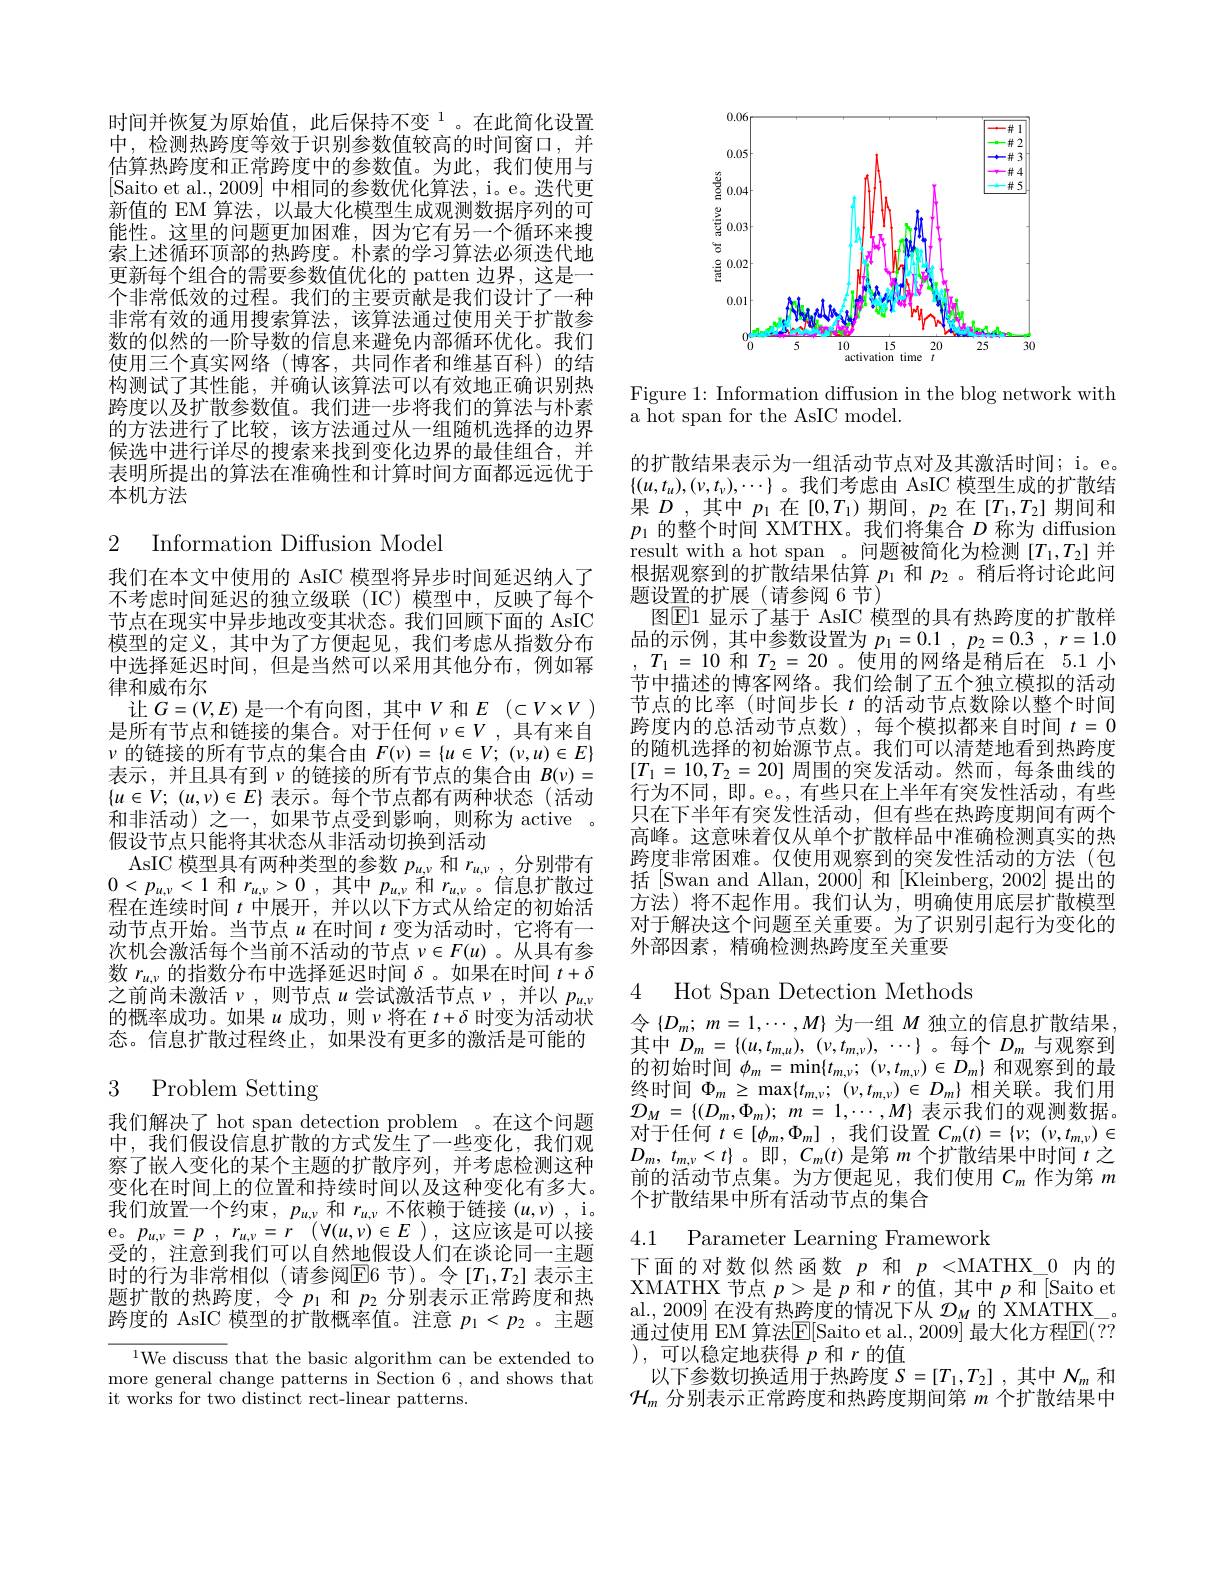
时间并恢复为原始值，此后保持不变$^{1}$。在此简化设置中，检测热跨度等效于识别参数值较高的时间窗口，并估算热跨度和正常跨度中的参数值。为此，我们使用与[Saito et al.,2009] 中相同的参数优化算法，i。e。迭代更新值的 EM 算法，以最大化模型生成观测数据序列的可能性。这里的问题更加困难，因为它有另一个循环来搜索上述循环顶部的热跨度。朴素的学习算法必须迭代地更新每个组合的需要参数值优化的 patten 边界，这是一个非常低效的过程。我们的主要贡献是我们设计了一种非常有效的通用搜索算法，该算法通过使用关于扩散参数的似然的一阶导数的信息来避免内部循环优化。我们使用三个真实网络(博客，共同作者和维基百科)的结构测试了其性能，并确认该算法可以有效地正确识别热跨度以及扩散参数值。我们进一步将我们的算法与朴素的方法进行了比较，该方法通过从一组随机选择的边界候选中进行详尽的搜索来找到变化边界的最佳组合，并表明所提出的算法在准确性和计算时间方面都远远优于本机方法

# 2 Information Diffusion Model

我们在本文中使用的 AsIC 模型将异步时间延迟纳人了不考虑时间延迟的独立级联(IC)模型中，反映了每个节点在现实中异步地改变其状态。我们回顾下面的 AsIC 模型的定义，其中为了方便起见，我们考虑从指数分布中选择延迟时间，但是当然可以采用其他分布，例如幂律和威布尔
让$G=(V,E)$是一个有向图，其中$V$和$E$ $( \subset V\times V)$ 是所有节点和链接的集合。对于任何$\nu\in V$ ,具有来自$\nu$的链接的所有节点的集合由$F(\nu)=\{u\in V;(\nu,u)\in E\}$ 表示，并且具有到$\nu$的链接的所有节点的集合由 $B(\nu)=$ $\{ u\in V;$ $( u, v) \in E\}$表示。每个节点都有两种状态(活动和非活动)之一，如果节点受到影响，则称为 active 。假设节点只能将其状态从非活动切换到活动
AsIC 模型具有两种类型的参数$p_{u,\nu}$和$r_{u,\nu}$ ,分别带有$0<p_{u,\nu}<1$和$r_u,\nu>0$,其中$p_u,\nu$和$r_u,\nu$。信息扩散过程在连续时间$t$中展开，并以以下方式从给定的初始活动节点开始。当节点$u$在时间$t$变为活动时，它将有一次机会激活每个当前不活动的节点$\nu\in F(u)$ 。从具有参数$r_{u,\nu}$的指数分布中选择延迟时间$\delta$。如果在时间$t+\delta$ 之前尚未激活$\nu$,则节点 $u$ 尝试激活节点 $\nu$,并以 $p_u,v$ 的概率成功。如果$u$成功，则$\nu$将在$t+\delta$时变为活动状态。信息扩散过程终止，如果没有更多的激活是可能的

# 3 Problem Setting

我们解决了 hot span detection problem 。在这个问题中，我们假设信息扩散的方式发生了一些变化，我们观察了嵌人变化的某个主题的扩散序列，并考虑检测这种变化在时间上的位置和持续时间以及这种变化有多大。我们放置一个约束$,p_{u,\nu}$和$r_{u,\nu}$不依赖于链接$( u, v)$ , i. e。$p_{u, v}= p$ , $r_{u, v}= r$ $( \forall ( u, v) \in E$ ) , 这应该是可以接受的，注意到我们可以自然地假设人们在谈论同一主题时的行为非常相似(请参阅$\mathbb{E}$6节)。令[$T_1,T_2]$ 表示主题扩散的热跨度，令$p_1$和$p_2$分别表示正常跨度和热跨度的 AsIC 模型的扩散概率值。注意$p_1<p_2$ 。主题

$^{1}$We discuss that the basic algorithm can be extended to more general change patterns in Section 6 , and shows that it works for two distinct rect-linear patterns.

<FigureHere>

Figure 1: Information diffusion in the blog network with
a hot span for the AsIC model.

的扩散结果表示为一组活动节点对及其激活时间；i。e。$\{(u,t_u),(v,t_v),\cdots\}$。我们考虑由 AsIC 模型生成的扩散结果$D$ ,其中$p_1$在$[0,T_1)$期间，$p_2$在$[T_1,T_2]$期间和$p_1$的整个时间 XMTHX。我们将集合$D$称为 diffusion result with a hot span 。问题被简化为检测[$T_1,T_2]$并根据观察到的扩散结果估算$p_1$和$p_2$ 。稍后将讨论此问题设置的扩展(请参阅 6 节)
图$\boxed{\mathrm{E}1\text{ 显示了基于 AsIC 模型的具有热跨度的扩散样}}$ 品的示例，其中参数设置为$p_1=0.1,p_2=0.3,r=1.0$ $T_1=10$和$T_2=20$ 。使用的网络是稍后在 5.1 小节中描述的博客网络。我们绘制了五个独立模拟的活动节点的比率 (时间步长$t$的活动节点数除以整个时间跨度内的总活动节点数),每个模拟都来自时间$t=0$ 的随机选择的初始源节点。我们可以清楚地看到热跨度$[T_1=10,T_2=20]$周围的突发活动。然而，每条曲线的行为不同，即。e。,有些只在上半年有突发性活动，有些只在下半年有突发性活动，但有些在热跨度期间有两个高峰。这意味着仅从单个扩散样品中准确检测真实的热跨度非常困难。仅使用观察到的突发性活动的方法(包括[Swan and Allan, 2000] 和[Kleinberg, 2002] 提出的方法)将不起作用。我们认为，明确使用底层扩散模型对于解决这个问题至关重要。为了识别引起行为变化的外部因素，精确检测热跨度至关重要

4

Hot Span Detection Methods

令$\left\{D_m;m=1,\cdots,M\right\}$为一组$M$独立的信息扩散结果其中$D_m= \{ ( u, t_{m, u}) $, $( v, t_{m, v}) $, $\cdots \}$ 。每个$D_m$与观察到$\begin{array}{l}\text{的初始时间 }\phi_{m}=\operatorname*{min}\{t_{m,\nu};\:(\nu,t_{m,\nu})\in D_{m}\}&\text{和观察到的最}\\\text{终时间 }\Phi_{m}\geq\operatorname*{max}\{t_{m,\nu};\:(\nu,t_{m,\nu})\in D_{m}\}&\text{相关联。我们用}\end{array}$ ${\mathcal{D} }_{M}= \{ ( D_{m}, \Phi _{m}) ;$ $m=$ $1, \cdots , M\}$表示我们的观测数据。对于任何$t\in [ \phi _m, \Phi _m]$ ,我们设置$C_m( t) = \{ v;$ $( v, t_{m, v}) \in$ $D_m$, $t_{m, \nu }< t\}$。即，$C_m( t)$是第$m$个扩散结果中时间$t$之前的活动节点集。为方便起见，我们使用$C_m$作为第$m$ 个扩散结果中所有活动节点的集合

4.1 Parameter Learning Framework

下面的对数似然函数$p$和$p<$MATHX\_0 内的XMATHX 节点$p>$是$p$和$r$的值，其中$p$和[Saito et al., 2009] 在没有热跨度的情况下从$\mathcal{D}_M$的 XMATHX 通过使用 EM 算法$\overline{\mathbb{E}}[$Saito et al., 2009] 最大化方程$\mathbb{E}(??$ ),可以稳定地获得$p$和$r$的值
以下参数切换适用于热跨度$S=[T_1,T_2]$ ,其中$N_m$和$\mathcal{H}_m$分别表示正常跨度和热跨度期间第$m$个扩散结果中